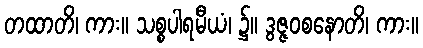
တထာတိ၊ ကား။ သစ္စပါရမီယံ၊ ၌။ ဒွဇ္ဇဝစနောတိ၊ ကား။